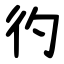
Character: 彴